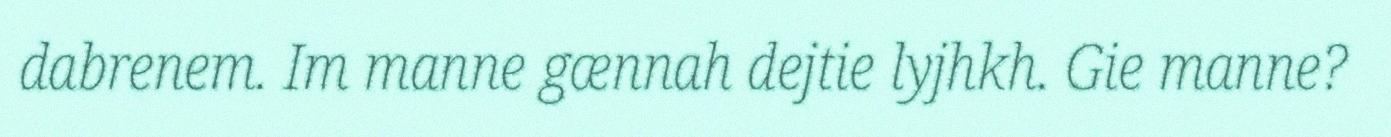
dabrenem. Im manne gænnah dejtie lyjhkh. Gie manne?